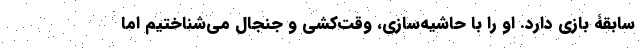
سابقۀ بازی دارد. او را با حاشیه‌سازی، وقت‌کشی و جنجال می‌شناختیم اما